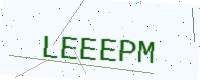
Text: LEEEPM